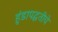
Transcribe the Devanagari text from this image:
हुंडापद्धतीचे